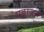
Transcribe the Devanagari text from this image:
गङ्गाजल